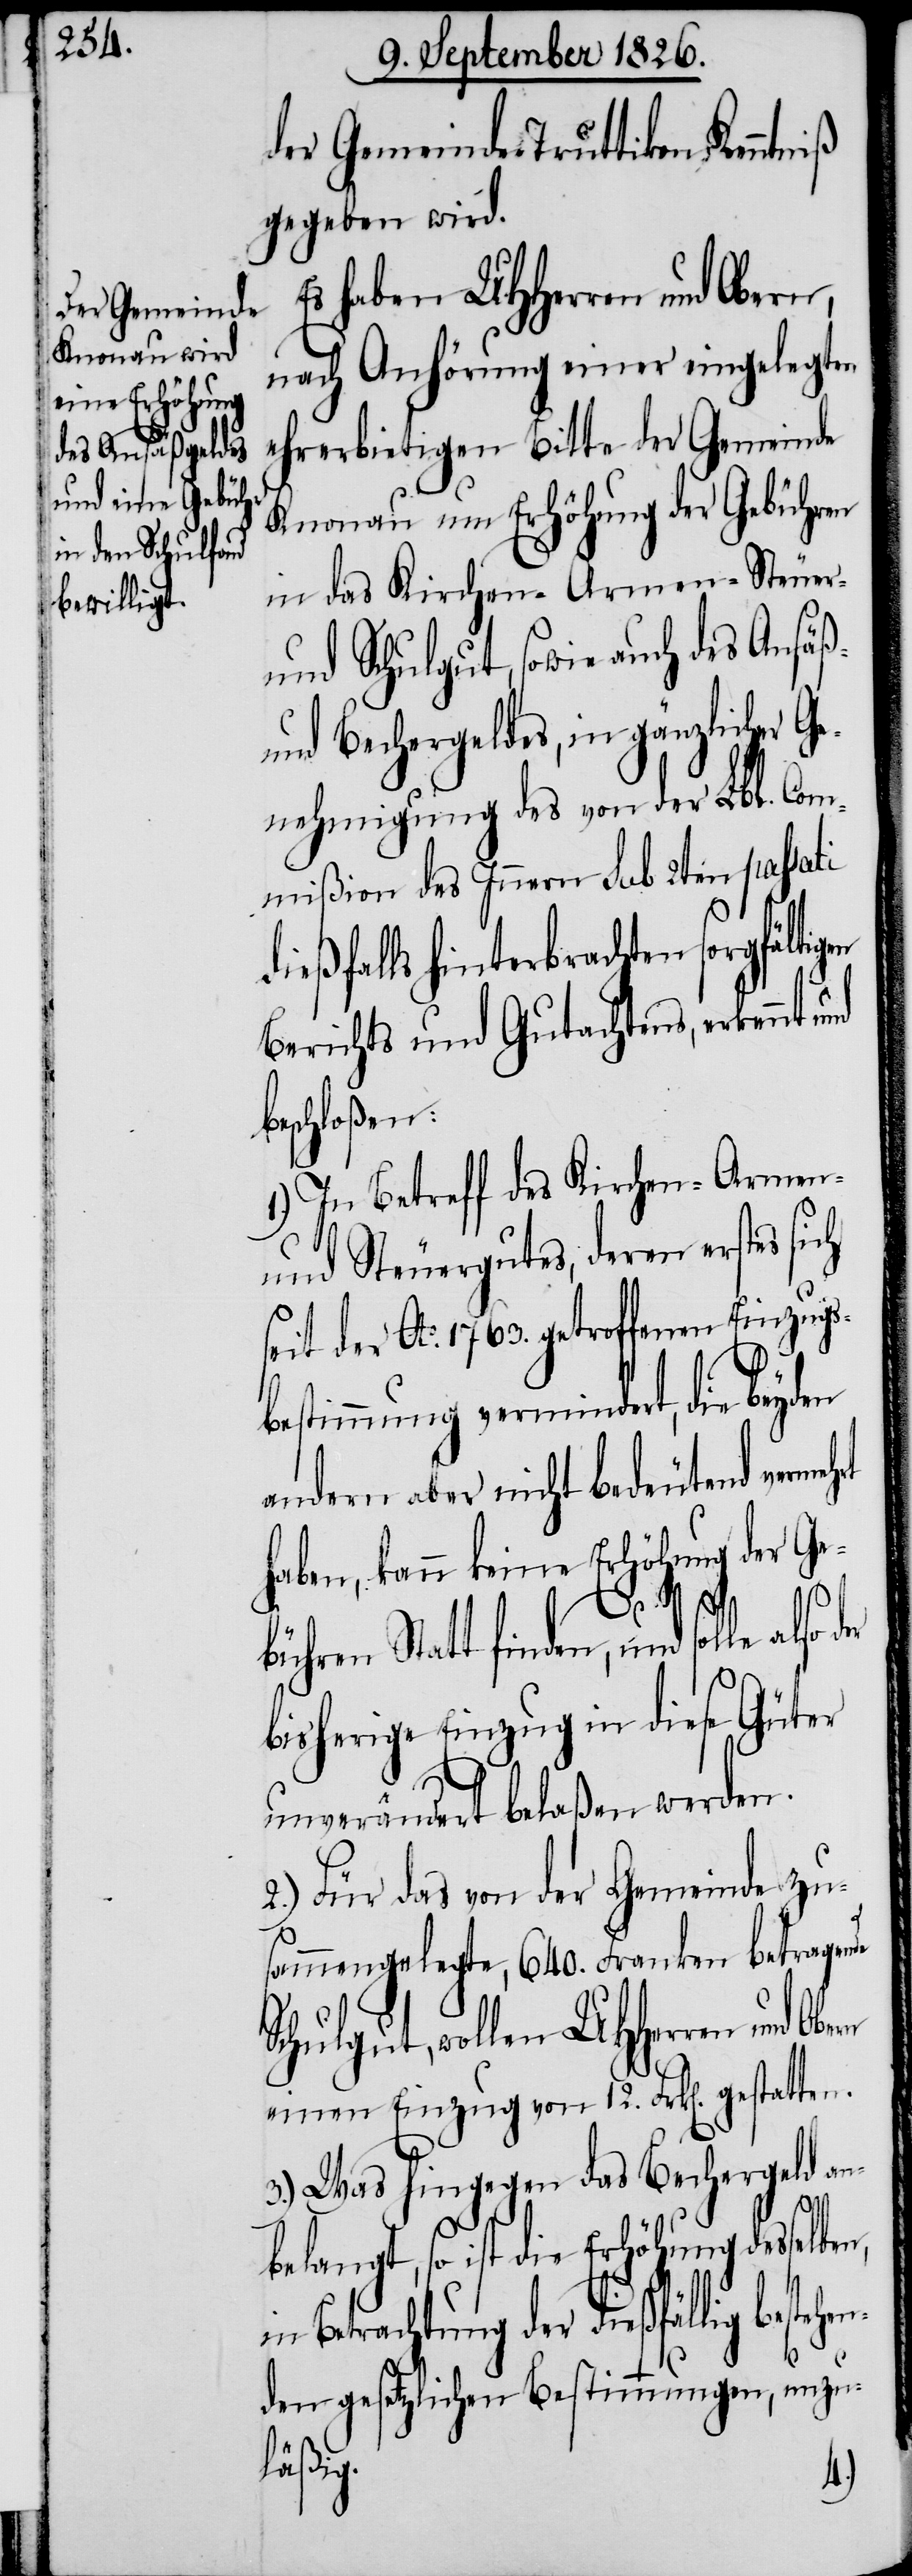
der Gemeinde Truttikon Kenntniß
gegeben wird.
Es haben MHHerren und Obern,
nach Anhörung einer eingelegten
ehrerbietigen Bitte der Gemeinde
Knonau um Erhöhung der Gebühren
in das Kirchen-[,] Armen-[,] Steuer-
und Schulgut, sowie auch des Ansäß-
und Bechergeldes, in gänzlicher G¬
enehmigung des von der Lbl. Com¬
mißion des Innern sub 2ten passati
dießfalls hinterbrachten sorgfältig¬
Berichts und Gutachtens, erkennt
beschloßen:
1.) In Betreff des Kirchen-[,]
und Steuergutes, deren erstes sich
seit der Ao. 1763. getroffenen Einzugs¬
bestimmung vermindert, die beyden
andern aber nicht bedeutend vermeh¬
haben, kann keine Erhöhung der Ge¬
en¬
bühren Statt finden, und sol¬
bisherige Einzug in diese Güter
unverändert belaßen werden.
2.) Für das von der Gemeinde zu¬
sammengelegte, 640. Franken betragende
Schulgut, wollen MHHerren und
einen Einzug von 12. Frk[en]. gestatten.
3.) Was hingegen das Bechergeld an¬
belangt, so ist die Erhöhung desselben,
in Betrachtung der dießfällig besteh¬
den gesetzlichen Bestimmungen, unzu¬
läßig.